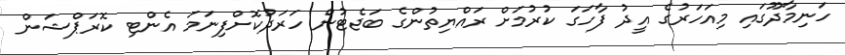
ހަނިމާދޫގައި މިއަހަރުގެ އީދު ފާހަގަ ކުރުމަށް ރައްޔިތުުންގެ ބަޖެޓުން ހަރަދުކޮށްފިނަމަ އެންޓި ކޮރަޕްޝަން